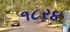
૧૮ર૪